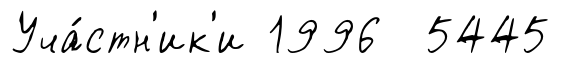
Уча́стн'ик'и 1996 5445